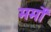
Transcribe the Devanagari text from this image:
मर्मों